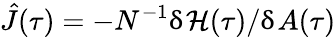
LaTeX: \hat{J}(\tau)=-N^{-1}\updelta\mathcal{H}(\tau)/\updelta A(\tau)